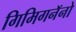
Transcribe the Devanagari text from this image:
गिमिगनॅनो